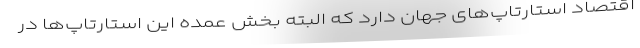
اقتصاد استارتاپ‌های جهان دارد که البته بخش عمده این استارتاپ‌ها در